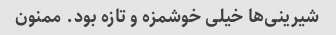
شیرینی‌ها خیلی خوشمزه و تازه بود. ممنون